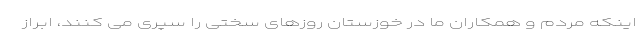
اینکه مردم و همکاران ما در خوزستان روزهای سختی را سپری می کنند، ابراز